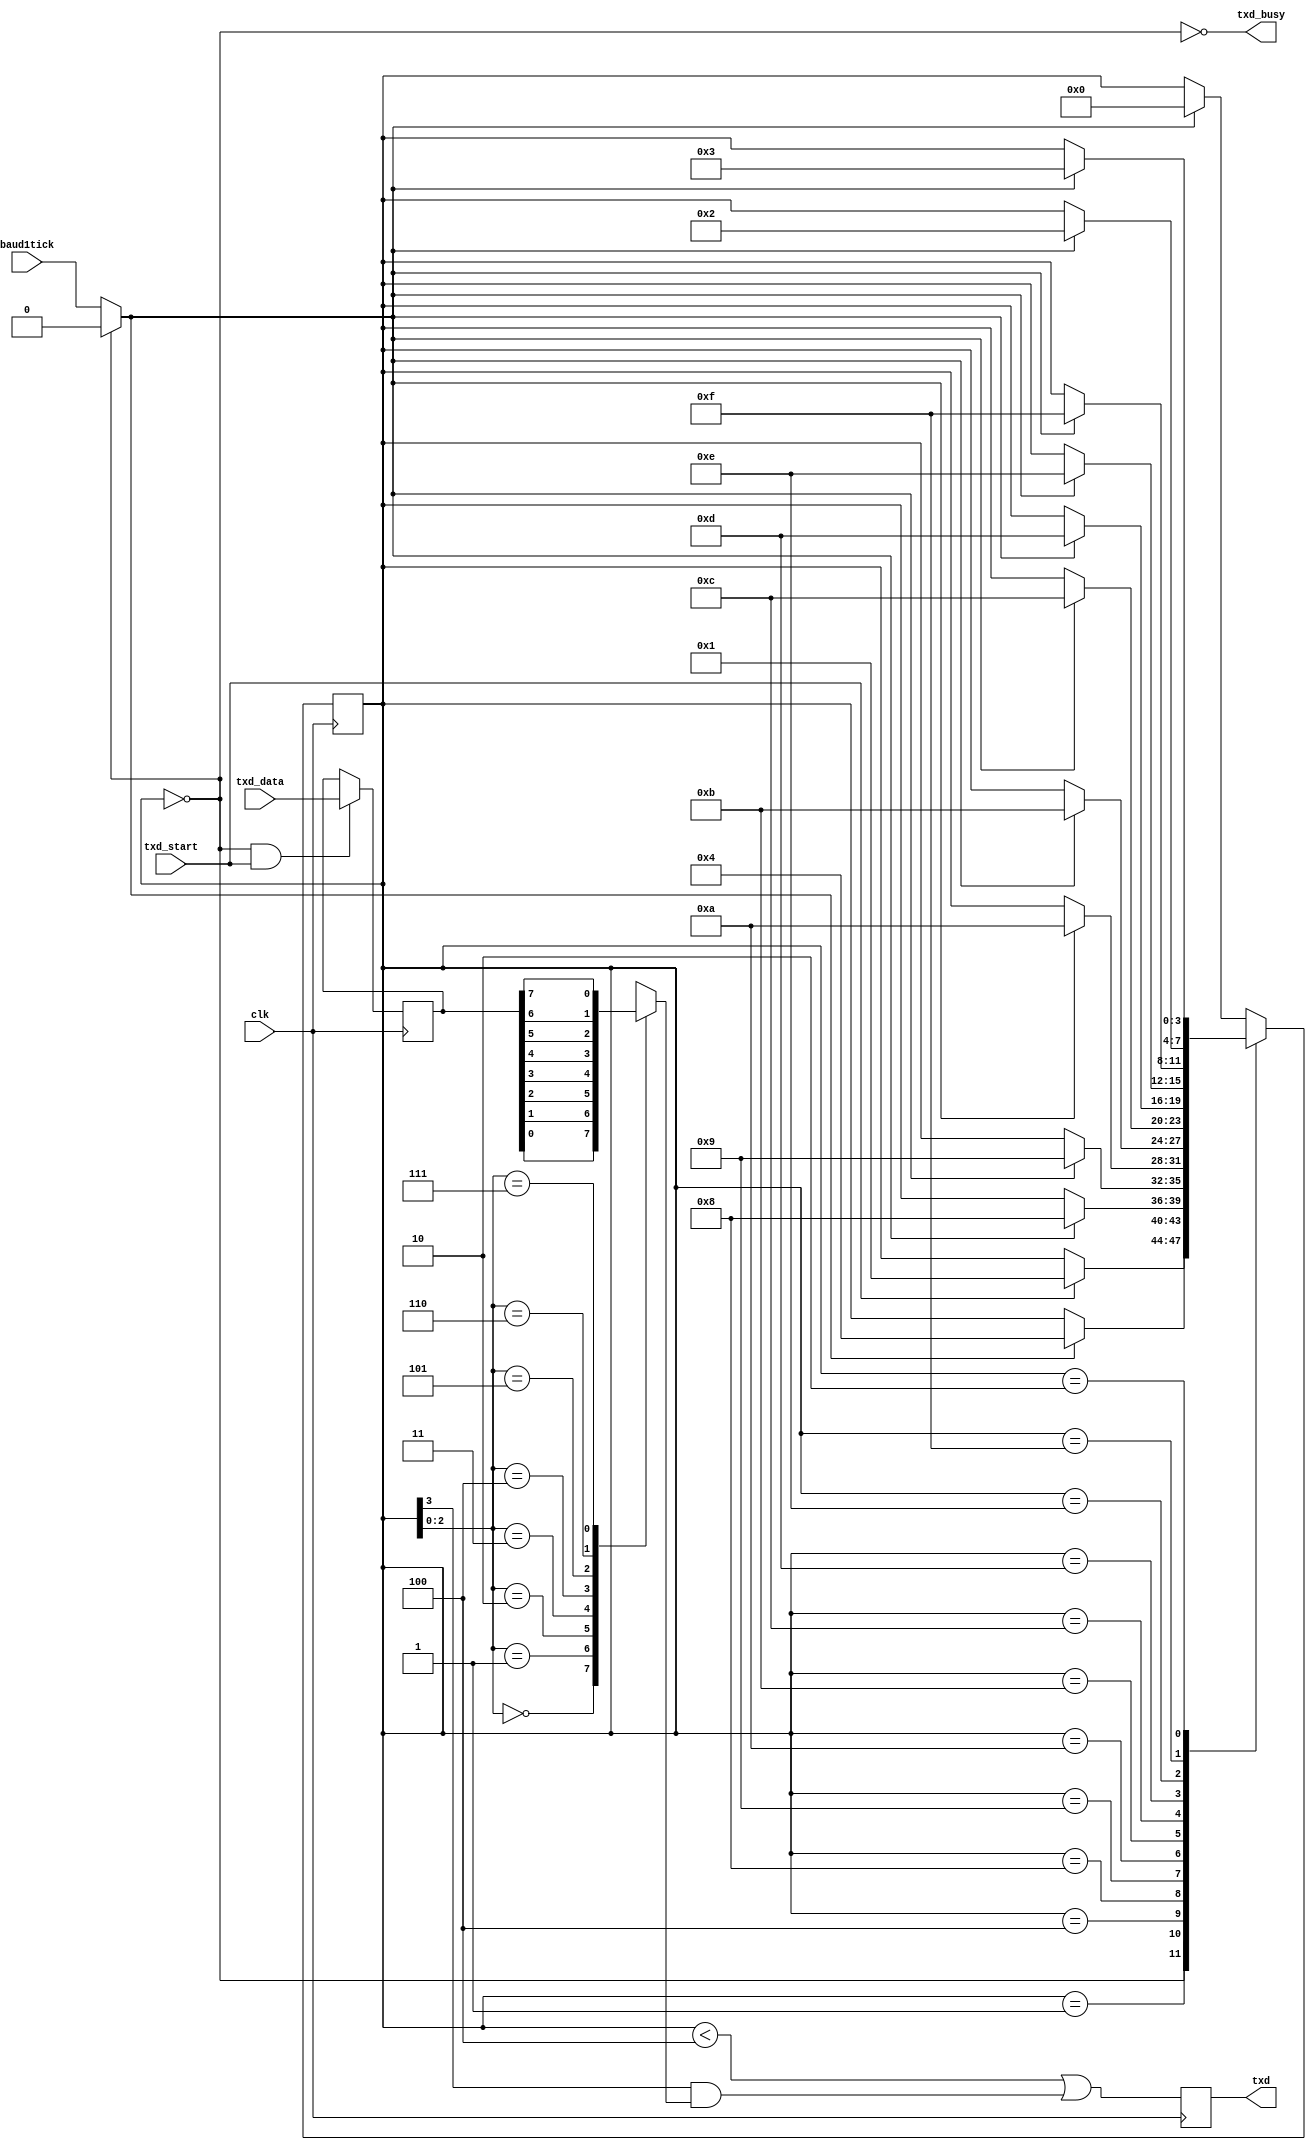
// This program was cloned from: https://github.com/marmolejo/zet
// License: GNU General Public License v3.0

/*
 *  RS-232 asynchronous TX module
 *  Copyright (C) 2010  Donna Polehn <dpolehn@verizon.net>
 *
 *  This file is part of the Zet processor. This processor is free
 *  hardware; you can redistribute it and/or modify it under the terms of
 *  the GNU General Public License as published by the Free Software
 *  Foundation; either version 3, or (at your option) any later version.
 *
 *  Zet is distrubuted in the hope that it will be useful, but WITHOUT
 *  ANY WARRANTY; without even the implied warranty of MERCHANTABILITY
 *  or FITNESS FOR A PARTICULAR PURPOSE. See the GNU General Public
 *  License for more details.
 *
 *  You should have received a copy of the GNU General Public License
 *  along with Zet; see the file COPYING. If not, see
 *  <http://www.gnu.org/licenses/>.
 */

module serial_atx (
    input        clk,
    input        txd_start,
    input        baud1tick,  // Desired baud rate
    input  [7:0] txd_data,
    output reg   txd,  // Put together the start, data and stop bits
    output       txd_busy
  );

  // Transmitter state machine
  parameter RegisterInputData = 1;  // in RegisterInputData mode, the input doesn't have to stay valid while the character is been transmitted
  reg [3:0] state;
  wire  BaudTick  = txd_busy ? baud1tick : 1'b0;
  wire  txd_ready;

  reg [7:0] txd_dataReg;

  // Continuous assignments
  assign txd_ready = (state==0);
  assign txd_busy  = ~txd_ready;

  always @(posedge clk) if(txd_ready & txd_start) txd_dataReg <= txd_data;
  wire [7:0] txd_dataD = RegisterInputData ? txd_dataReg : txd_data;

  always @(posedge clk)
  case(state)
    4'b0000: if(txd_start) state <= 4'b0001;
    4'b0001: if(BaudTick) state <= 4'b0100;
    4'b0100: if(BaudTick) state <= 4'b1000;  // start
    4'b1000: if(BaudTick) state <= 4'b1001;  // bit 0
    4'b1001: if(BaudTick) state <= 4'b1010;  // bit 1
    4'b1010: if(BaudTick) state <= 4'b1011;  // bit 2
    4'b1011: if(BaudTick) state <= 4'b1100;  // bit 3
    4'b1100: if(BaudTick) state <= 4'b1101;  // bit 4
    4'b1101: if(BaudTick) state <= 4'b1110;  // bit 5
    4'b1110: if(BaudTick) state <= 4'b1111;  // bit 6
    4'b1111: if(BaudTick) state <= 4'b0010;  // bit 7
    4'b0010: if(BaudTick) state <= 4'b0011;  // stop1
    4'b0011: if(BaudTick) state <= 4'b0000;  // stop2
    default: if(BaudTick) state <= 4'b0000;
  endcase

  reg muxbit;      // Output mux
  always @( * )
  case(state[2:0])
    3'd0: muxbit <= txd_dataD[0];
    3'd1: muxbit <= txd_dataD[1];
    3'd2: muxbit <= txd_dataD[2];
    3'd3: muxbit <= txd_dataD[3];
    3'd4: muxbit <= txd_dataD[4];
    3'd5: muxbit <= txd_dataD[5];
    3'd6: muxbit <= txd_dataD[6];
    3'd7: muxbit <= txd_dataD[7];
  endcase

  always @(posedge clk) txd <= (state<4) | (state[3] & muxbit);  // register the output to make it glitch free

endmodule